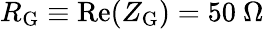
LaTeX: R_{\mathrm{G}}\equiv\mathrm{Re}(Z_{\mathrm{G}})=50~\Omega